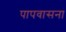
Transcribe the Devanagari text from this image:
पापवासना